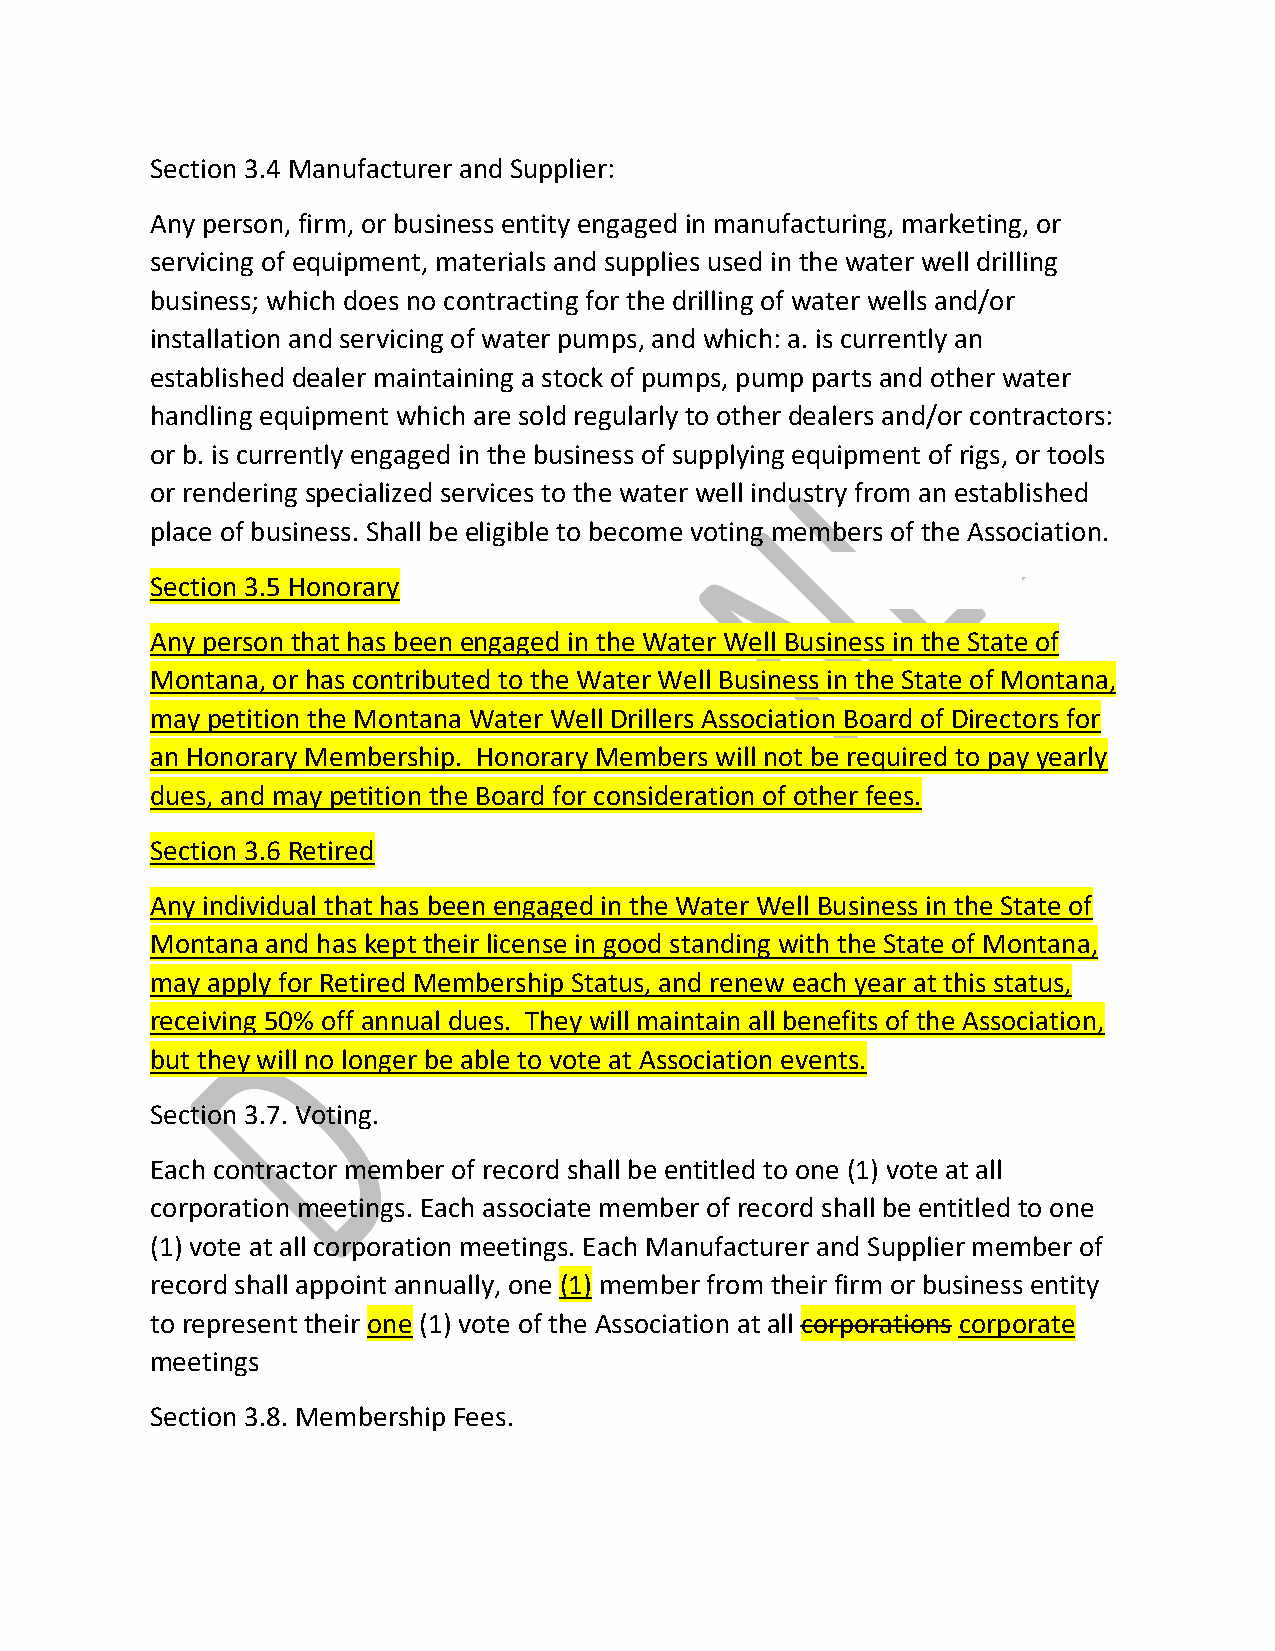
Section 3.4 Manufacturer and Supplier:
 Any person, firm, or business entity engaged in manufacturing, marketing, or
 servicing of equipment, materials and supplies used in the water well drilling
 business; which does no contracting for the drilling of water wells and/or
 installation and servicing of water pumps, and which: a. is currently an
 established dealer maintaining a stock of pumps, pump parts and other water
 handling equipment which are sold regularly to other dealers and/or contractors:
 or b. is currently engaged in the business of supplying equipment of rigs, or tools
 or rendering specialized services to the water well industry from an established
 place of business. Shall be eligible to become voting members of the Association.
 Section 3.5 Honorary
 Any person that has been engaged in the Water Well Business in the State of
 Montana, or has contributed to the Water Well Business in the State of Montana,
 may petition the Montana Water Well Drillers Association Board of Directors for
 an Honorary Membership. Honorary Members will not be required to pay yearly
 dues, and may petition the Board for consideration of other fees.
 Section 3.6 Retired
 Any individual that has been engaged in the Water Well Business in the State of
 Montana and has kept their license in good standing with the State of Montana,
 may apply for Retired Membership Status, and renew each year at this status,
 receiving 50% off annual dues. They will maintain all benefits of the Association,
 but they will no longer be able to vote at Association events.
 Section 3.7. Voting.
 Each contractor member of record shall be entitled to one (1) vote at all
 corporation meetings. Each associate member of record shall be entitled to one
 (1) vote at all corporation meetings. Each Manufacturer and Supplier member of
 record shall appoint annually, one (1) member from their firm or business entity
 to represent their one (1) vote of the Association at all corporations corporate
 meetings
 Section 3.8. Membership Fees.